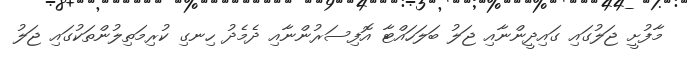
މާފުށީ ޖަލުގައި ގައިދީންނާއި ޖަލު ބަލަހައްޓާ އޮފިސަރުންނާއި ދެމެދު ހިނގި ކުރިމަތިލުންތަކުގައި ޖަލު